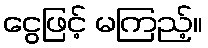
ငွေဖြင့် မကြည့်။